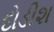
દોડીશ